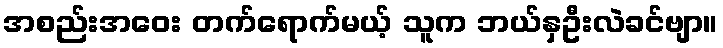
အစည်းအဝေး တက်ရောက်မယ့် သူက ဘယ်နှဦးလဲခင်ဗျာ။